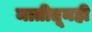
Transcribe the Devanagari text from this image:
मातीतूनही